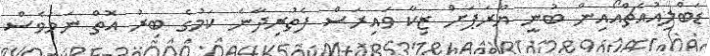
ޑަބްލިއުއެޗްއޯއިން ބުނީ ޔޫރަޕަށް ޒިކާ ވައިރަސް ފެތުރިދާނެ ކަމުގެ ބިރު އޮތް ނަމަވެސް